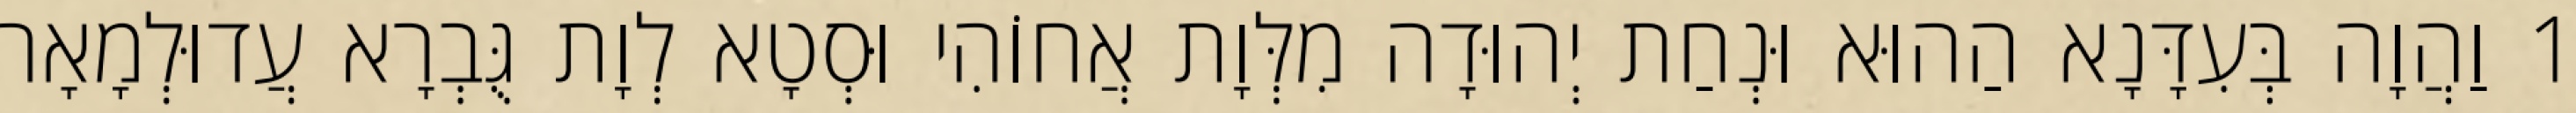
1 וַהֲוָה בְּעִדָּנָא הַהוּא וּנְחַת יְהוּדָה מִלְּוָת אֲחוֹהִי וּסְטָא לְוָת גֻּבְרָא עֲדוּלְמָאָה